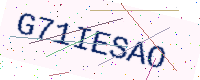
Text: G71IESAO